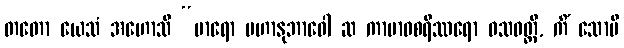
တတော ယေသံ အဟောသိ “မာရော မဟာနုဘာဝေါ ဆ ကာမာဝစရိဿရော ဝသဝတ္တီ, ကိံ သောပိ